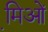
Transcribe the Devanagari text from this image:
मि़ओं